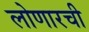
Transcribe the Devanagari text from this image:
लोणारची